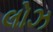
લોઝ